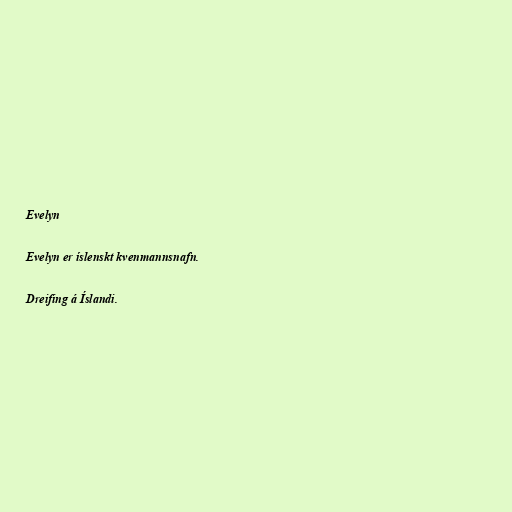
Evelyn

Evelyn er íslenskt kvenmannsnafn.

Dreifing á Íslandi.